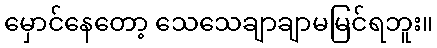
မှောင်နေတော့ သေသေချာချာမမြင်ရဘူး။